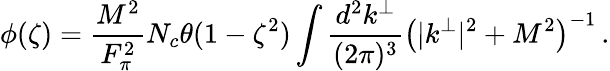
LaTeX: \phi(\zeta)=\frac{M^{2}}{F_{\pi}^{2}}N_{c}\theta(1-\zeta^{2})\int\frac{d^{2}k^{\perp}}{(2\pi)^{3}}\left(|k^{\perp}|^{2}+M^{2}\right)^{-1}\, .